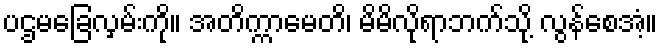
ပဌမခြေလှမ်းကို။ အတိက္ကာမေတိ၊ မိမိလိုရာဘက်သို့ လွန်စေအံ့။